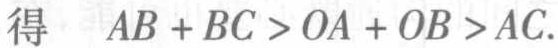
得 \(AB + BC > OA + OB > AC\).